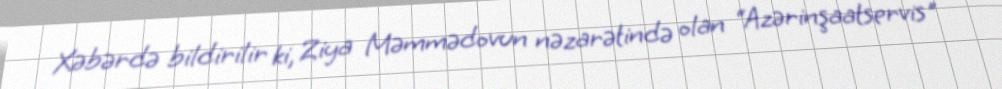
Xəbərdə bildirilir ki, Ziya Məmmədovun nəzarətində olan “Azərinşaatservis"